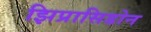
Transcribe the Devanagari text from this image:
झिप्रासिडोन